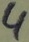
Text: 4